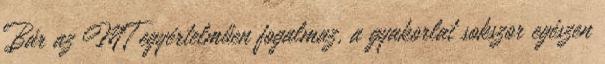
Bár az MT egyértelműen fogalmaz, a gyakorlat sokszor egészen